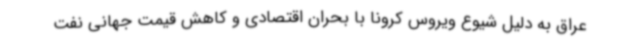
عراق به دلیل شیوع ویروس کرونا با بحران اقتصادی و کاهش قیمت جهانی نفت